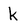
Character: k